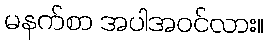
မနက်စာ အပါအဝင်လား။